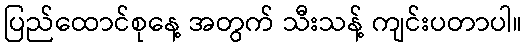
ပြည်ထောင်စုနေ့ အတွက် သီးသန့် ကျင်းပတာပါ။